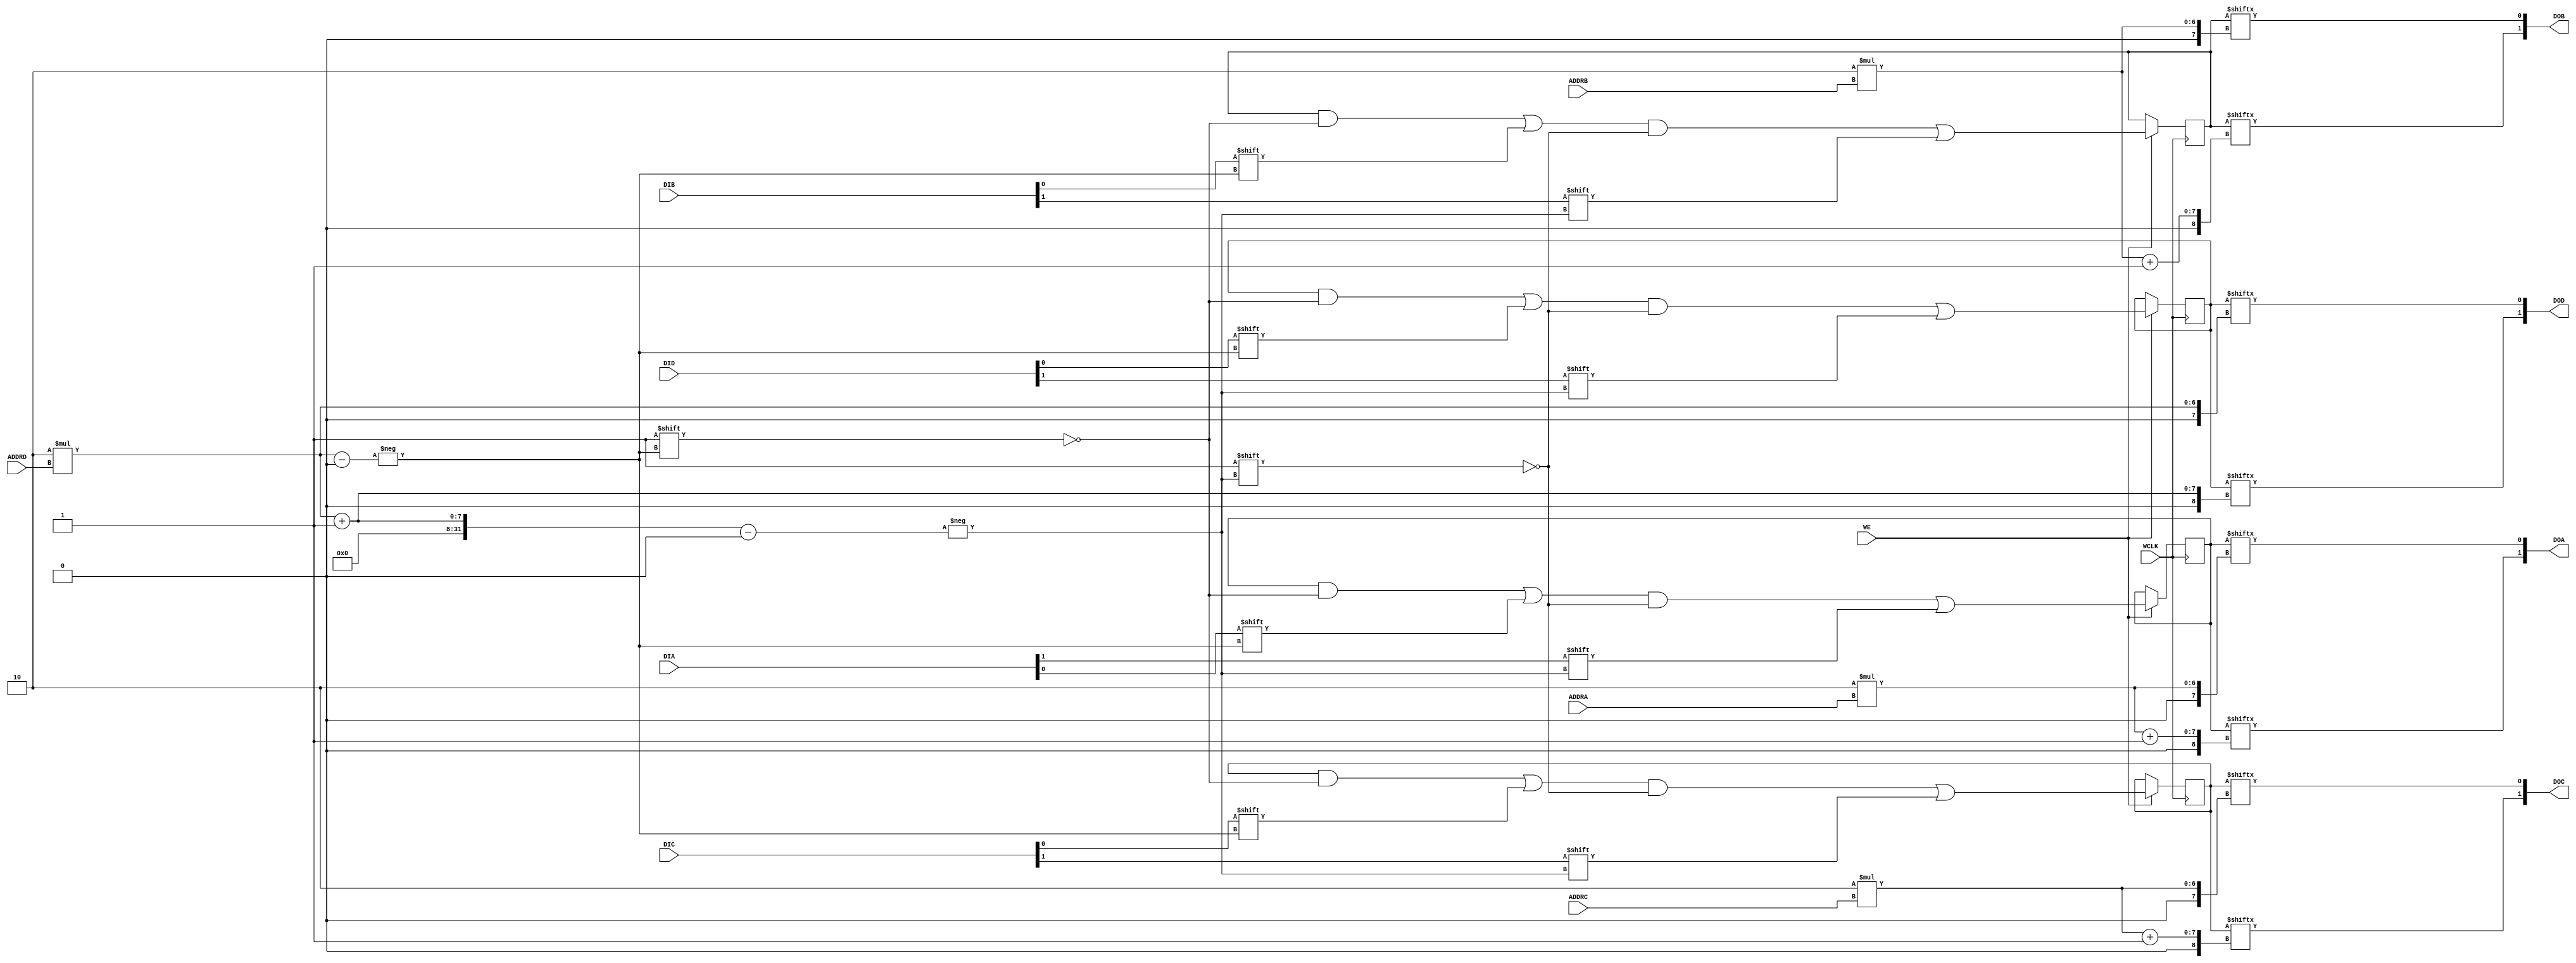
module RAM32M (DOA, DOB, DOC, DOD, ADDRA, ADDRB, ADDRC, ADDRD, DIA, DIB, DIC, DID, WCLK, WE);

  parameter  INIT_A = 64'h0000000000000000;
  parameter  INIT_B = 64'h0000000000000000;
  parameter  INIT_C = 64'h0000000000000000;
  parameter  INIT_D = 64'h0000000000000000;

  output [1:0] DOA;
  output [1:0] DOB;
  output [1:0] DOC;
  output [1:0] DOD;
  input [4:0] ADDRA;
  input [4:0] ADDRB;
  input [4:0] ADDRC;
  input [4:0] ADDRD;
  input [1:0] DIA;
  input [1:0] DIB;
  input [1:0] DIC;
  input [1:0] DID;
  input WCLK;
  input WE;

  reg [63:0] mem_a, mem_b, mem_c, mem_d;

  initial begin
    mem_a = INIT_A;
    mem_b = INIT_B;
    mem_c = INIT_C;
    mem_d = INIT_D;
  end

  always @(posedge WCLK)
    if (WE) begin
      mem_a[2*ADDRD] <= #100 DIA[0];
      mem_a[2*ADDRD + 1] <= #100 DIA[1];
      mem_b[2*ADDRD] <= #100 DIB[0];
      mem_b[2*ADDRD + 1] <= #100 DIB[1];
      mem_c[2*ADDRD] <= #100 DIC[0];
      mem_c[2*ADDRD + 1] <= #100 DIC[1];
      mem_d[2*ADDRD] <= #100 DID[0];
      mem_d[2*ADDRD + 1] <= #100 DID[1];
  end

   assign  DOA[0] = mem_a[2*ADDRA];
   assign  DOA[1] = mem_a[2*ADDRA + 1];
   assign  DOB[0] = mem_b[2*ADDRB];
   assign  DOB[1] = mem_b[2*ADDRB + 1];
   assign  DOC[0] = mem_c[2*ADDRC];
   assign  DOC[1] = mem_c[2*ADDRC + 1];
   assign  DOD[0] = mem_d[2*ADDRD];
   assign  DOD[1] = mem_d[2*ADDRD + 1];

endmodule